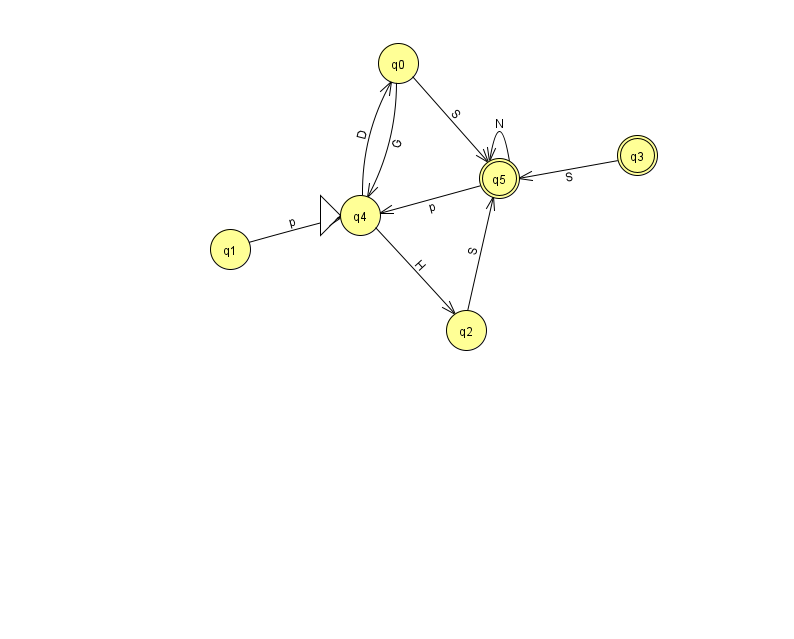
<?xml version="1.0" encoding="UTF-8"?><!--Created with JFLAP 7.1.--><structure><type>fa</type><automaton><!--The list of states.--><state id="0" name="q0"><x>398.0</x><y>50.0</y></state><state id="1" name="q1"><x>230.0</x><y>236.0</y></state><state id="2" name="q2"><x>466.0</x><y>317.0</y></state><state id="3" name="q3"><x>637.0</x><y>142.0</y><final/></state><state id="4" name="q4"><x>360.0</x><y>202.0</y><initial/></state><state id="5" name="q5"><x>499.0</x><y>165.0</y><final/></state><!--The list of transitions.--><transition><from>1</from><to>4</to><read>p</read></transition><transition><from>0</from><to>5</to><read>S</read></transition><transition><from>0</from><to>4</to><read>G</read></transition><transition><from>3</from><to>5</to><read>S</read></transition><transition><from>2</from><to>5</to><read>S</read></transition><transition><from>5</from><to>4</to><read>p</read></transition><transition><from>4</from><to>0</to><read>D</read></transition><transition><from>4</from><to>2</to><read>H</read></transition><transition><from>5</from><to>5</to><read>N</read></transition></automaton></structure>